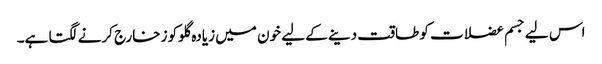
اس لیے جسم عضلات کو طاقت دینے کے لیے خون میں زیادہ گلوکوز خارج کرنے لگتا ہے۔